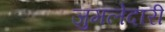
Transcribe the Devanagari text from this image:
जुमलेदारी